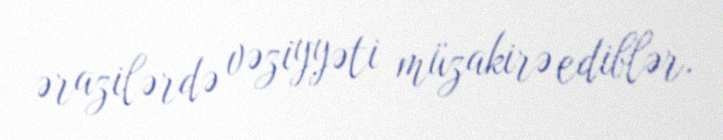
ərazilərdə vəziyyəti müzakirə ediblər.